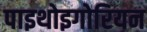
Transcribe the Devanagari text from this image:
पाइथोइगोरियन